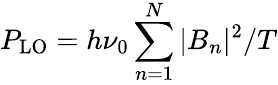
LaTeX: P_{\mathrm{LO}}=h\nu_{0}\sum_{n=1}^{N}|B_{n}|^{2}/T